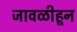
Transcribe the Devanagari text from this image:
जावळीहून